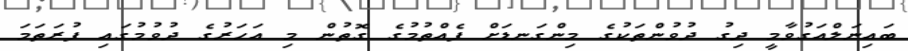
ބައިނަލްއަގުވާމީ ދިގު ދުވުންތަކުގެ މިންގަނޑަށް ފެއްތުމުގެ ގޮތުން މި އަހަރުގެ ދުވުމުގައި ފުރަތަމަ